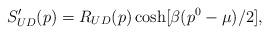
LaTeX: \begin{align*}S^{\prime}_{UD}(p)=R_{UD}(p)\cosh[\beta(p^0-\mu)/2],\end{align*}